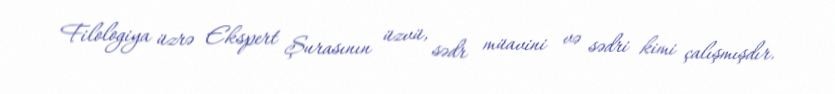
Filologiya üzrə Ekspert Şurasının üzvü, sədr müavini və sədri kimi çalışmışdır.